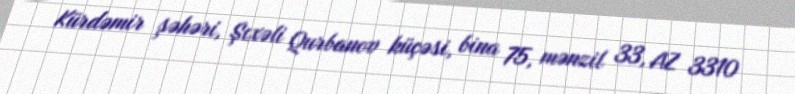
Kürdəmir şəhəri, Şıxəli Qurbanov küçəsi, bina 75, mənzil 33, AZ 3310